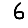
Digit: 6